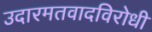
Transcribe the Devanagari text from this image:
उदारमतवादविरोधी